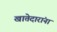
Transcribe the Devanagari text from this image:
खातेदारांना